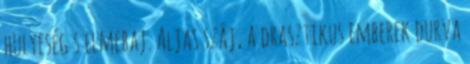
hülyeség s elmebaj. Aljas száj, a drasztikus emberek durva